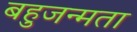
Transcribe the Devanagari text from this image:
बहुजन्मता